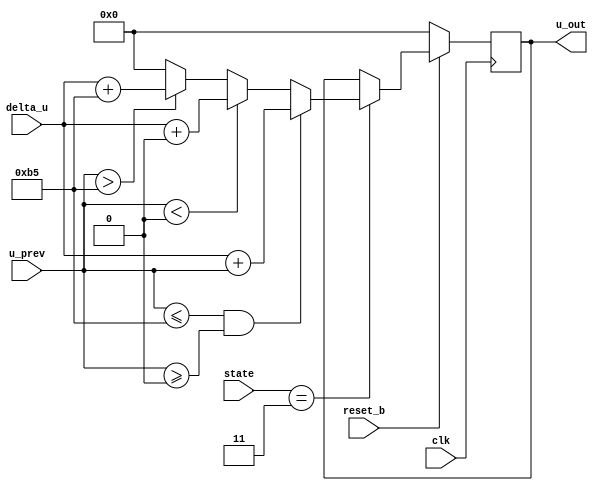
`timescale 1ns / 1ps
//////////////////////////////////////////////////////////////////////////////////
// Company: 
// Engineer: 
// 
// Design Name: 
// Module Name: control_output
// Project Name: 
// Target Devices: 
// Tool Versions: 
// Description: 
// 
// Dependencies: 
// 
// Revision:
// Revision 0.01 - File Created
// Additional Comments:
// 
//////////////////////////////////////////////////////////////////////////////////


module control_output(clk,reset_b,state,delta_u,u_prev,u_out);

    input clk; 
    input reset_b; 
    input [3:0] state; 
    input signed [15:0] delta_u; 
    input signed [15:0] u_prev; 
    output reg signed [15:0] u_out; 
    
    parameter computeU = 0003; 
    parameter integratorClip = 11'd181; 
    
    always @ (posedge clk) 
        begin 
        
            if (!reset_b) 
                u_out <= 0; 
               
               else 
                    begin
                            if (state == computeU) 
                                begin 
                                    if (u_prev <= integratorClip && u_prev >= 0) 
                                        u_out <= delta_u + u_prev; 
                                    else if (u_prev < 0) 
                                        u_out <= delta_u + 0; 
                                    else if (u_prev > integratorClip) 
                                        u_out <= delta_u + integratorClip; 
                                    else 
                                        u_out <= 0; 
                                 end 
                            else 
                                u_out <= u_out; 
                   end 
          end
                             
     
     
     
     
     
     
     
     
     
endmodule